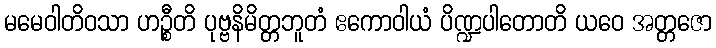
မမေဝါတိဝသာ ဟဉ္စီတိ ပုဗ္ဗနိမိတ္တဘူတံ ဧကောဝါယံ ပိဏ္ဍပါတောတိ ယဝေ အတ္တဇော